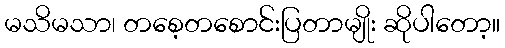
မသိမသာ၊ တစေ့တစောင်းပြတာမျိုး ဆိုပါတော့။